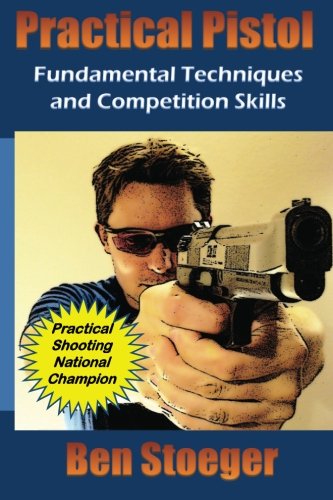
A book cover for Practical Pistol: Fundamental Techniques and Competition Skills; Ben Stoeger; Sports & Outdoors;